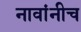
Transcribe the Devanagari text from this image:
नावांनीच